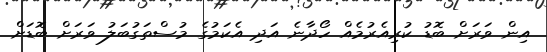
އިން ވަރަށް ބޮޑު ކުރިއެރުމެއް ހޯދާނެ އަދި އެކަމުގެ މުސްތަގުބަލު ވަރަށް ބޮޑަށް